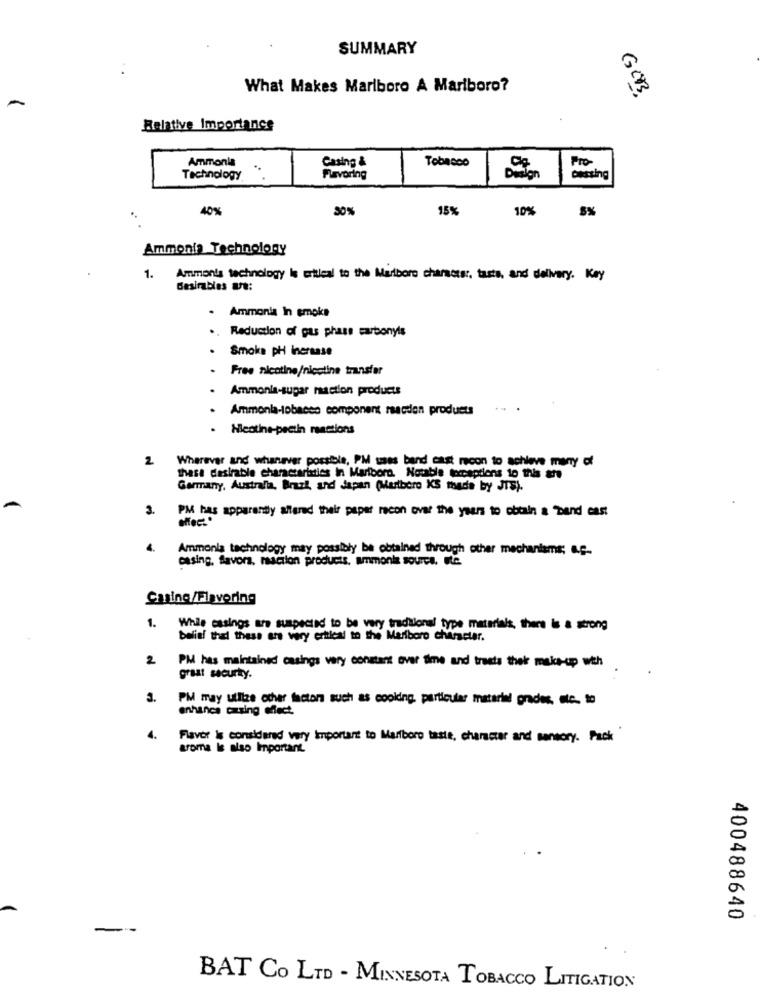
SUMMARY
What Makes Marlboro A Marlboro?
GOB
-
Relative Importance
Ammonia
Casing &
Tobacco
Pro-
Technology
Flavoring
casting
40%
30%
15%
10%
5%
Ammonia Technology
1.
Ammon's technology Is critical to the Marlboro character, taste, and delivery. Key
desirables are:
.
Ammonia In smoke
.
Reduction of gas phase carbonyts
.
Smoke pH inersase
Free nicotine/nicotine transfer
Ammonia-supar maction products
Ammonia-tobacco component reaction products
. Neotine-pectin ranstions
2 Wherever and whenever possible, PM uses band cast recon to achieve many of
thast desirable characteristics in Marlboro. Notable toexceptions to this are
Germany, Australia, Braak, ard Japan (Marlboro KS mhade by JTS).
3.
PM has apparently alfered their paper recon over the years to obtain a band east
4.
Ammonla technology may possibly be obtained through other mechanisms; a.C-
casing. Savora, reaction products, ammonia source, etc.
Ching/Flavoring
1.
While casings are suspected to be very traditional type materials, there is a strong
belief that these are very critical to the Marlboro character.
2
PM has maintained casings very constant over time and tracts thek make-up with
great securty.
PM may utilize other factors such as cooking, particular material grades, etc. to
enhance casing effect.
4.
Flavor is considered very important to Marlboro taste, character and sensory. Pack
aroma is also Important.
400488640
BAT Co LTD - MINNESOTA TOBACCO LITIGATION